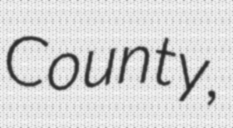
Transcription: County,